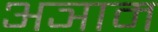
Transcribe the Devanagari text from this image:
अञाम